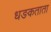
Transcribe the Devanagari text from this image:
धङकताता